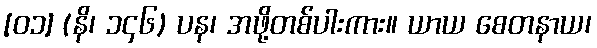
[၀၁] (နိ၊ ၁၄၆) ပန၊ အဖို့တစ်ပါးကား။ ယာယ စေတနာယ၊